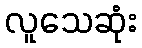
လူသေဆုံး